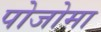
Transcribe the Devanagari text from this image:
पोजोमा